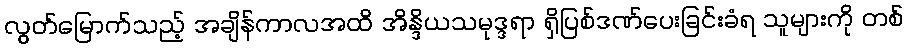
လွတ်မြောက်သည့် အချိန်ကာလအထိ အိန္ဒိယသမုဒ္ဒရာ ရှိပြစ်ဒဏ်ပေးခြင်းခံရ သူများကို တစ်